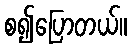
စ၍ပြောတယ်။